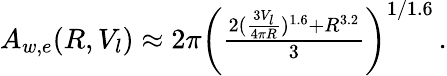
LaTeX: \begin{array}{r}{A_{w,e}(R,V_{l})\approx 2\pi\left(\frac{2(\frac{3V_{l}}{4\pi R})^{1.6}+R^{3.2}}{3}\right)^{1/1.6}\, .}\end{array}